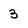
Character: 3